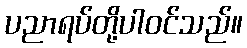
ပညာရပ်တို့ပါဝင်သည်။